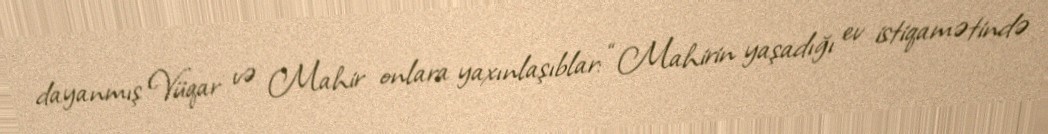
dayanmış Vüqar və Mahir onlara yaxınlaşıblar: “Mahirin yaşadığı ev istiqamətində